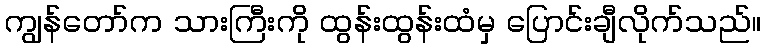
ကျွန်တော်က သားကြီးကို ထွန်းထွန်းထံမှ ပြောင်းချီလိုက်သည်။